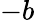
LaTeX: -b